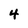
Character: 4